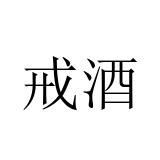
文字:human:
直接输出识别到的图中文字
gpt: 戒酒